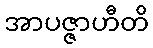
အာပဇ္ဇာဟီတိ